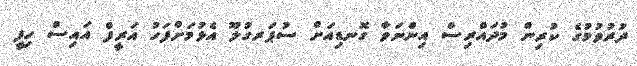
ދުރުވުމުގެ ކުރިން މުދައްރިސް އިންނަވާ ގޮނޑިއަށް ސުޕަރގުލޫ އެޅުމަށްފަހު އަރީފް އައިސް ހިފީ